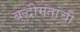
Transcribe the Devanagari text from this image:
बुद्धीमंतांची